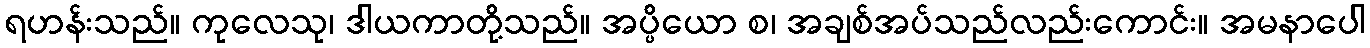
ရဟန်းသည်။ ကုလေသု၊ ဒါယကာတို့သည်။ အပ္ပိယော စ၊ အချစ်အပ်သည်လည်းကောင်း။ အမနာပေါ